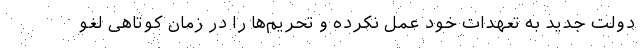
دولت جدید به تعهدات خود عمل نکرده و تحریم‌ها را در زمان کوتاهی لغو